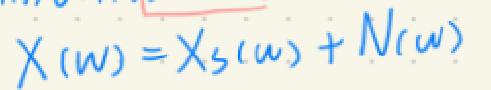
\[ X(\omega)=X_S(\omega)+N(\omega) \]